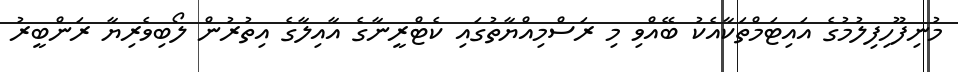
މުނިފޫހިފިލުމުގެ އައިޓަމްތަކާއެކު ބޭއްވި މި ރަސްމިއްޔާތުގައި ކެޓްރީނާގެ އާއިލާގެ އިތުރުން ލޯބިވެރިޔާ ރަންބީރު